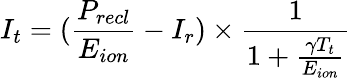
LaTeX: I_{t}=(\frac{P_{recl}}{E_{ion}}-I_{r})\times\frac{1}{1+\frac{\gamma T_{t}}{E_{ion}}}